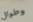
وطوال